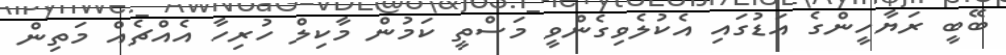
ބޭބީ ރަޔާހީންގެ އަޑުގައި އެކުލެވިގެންވީ މަސްތީ ކަމުން މާކިލް ހުރިހާ އެއްޗެއް މަތިން